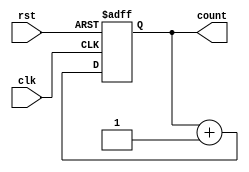
module async_reset_counter (
    input wire clk,          // Clock signal
    input wire rst,          // Asynchronous reset (active high)
    output reg [7:0] count   // 8-bit output count
);

// Asynchronous reset and sequential logic
always @(posedge clk or posedge rst) begin
    if (rst) begin
        // Reset condition: set count to 0
        count <= 8'b0;
    end else begin
        // Increment count on clock edge
        count <= count + 1;
    end
end

endmodule